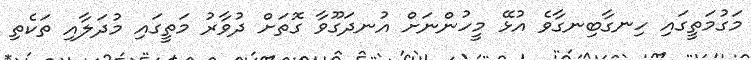
މަގުމަތީގައި ހިނގާބިނގާވެ އުޅޭ މީހުންނަށް އުނދަގޫވާ ގޮތަށް ދުވާރު މަތީގައި މުދަލާއި ތަކެތި